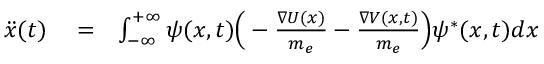
\begin{array} { r l r } { \ddot { x } ( t ) } & { { } = } & { \int _ { - \infty } ^ { + \infty } \psi ( x , t ) \Big ( - \frac { \nabla U ( x ) } { m _ { e } } - \frac { \nabla V ( x , t ) } { m _ { e } } \Big ) \psi ^ { * } ( x , t ) d x } \end{array}